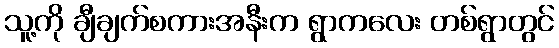
သူ့ကို ချီချက်စကားအနီးက ရွာကလေး တစ်ရွာတွင်